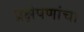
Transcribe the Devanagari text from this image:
प्रक्षेपणांचा